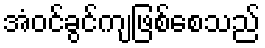
အံဝင်ခွင်ကျဖြစ်စေသည်